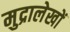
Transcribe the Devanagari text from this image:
मुद्रालेखों